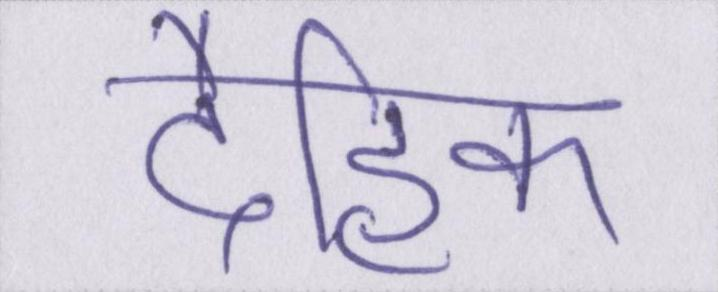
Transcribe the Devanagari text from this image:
दैहिक